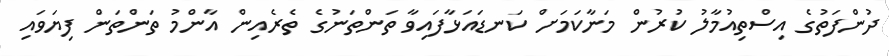
ދުންފަތުގެ އިސްތިއުމާލު ކުރުން މަނާކަމަށް ކަނޑައަޅާފައިވާ ތަންތަނުގެ ތެރެއިން އާންމު ތަންތަން ފިޔަވައި